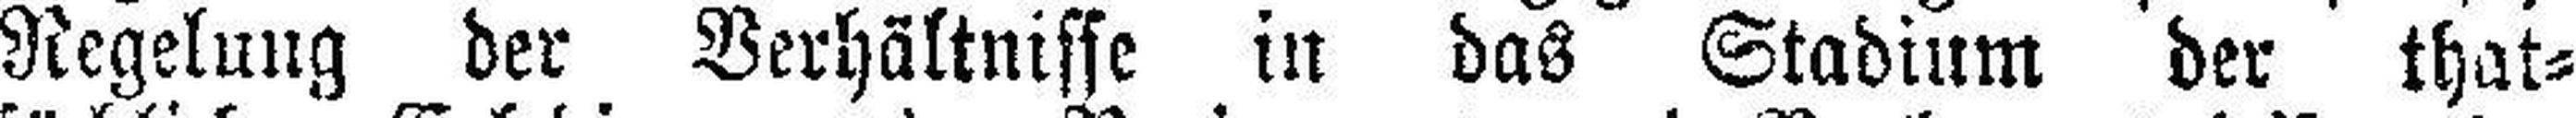
Regelung der Verhältnisse in das Stadium der that¬